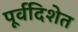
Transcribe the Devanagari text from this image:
पूर्वदिशेत